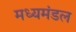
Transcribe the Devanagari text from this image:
मध्यमंडल